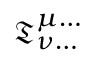
{ \mathfrak { T } } _ { \nu \dots } ^ { \mu \dots }